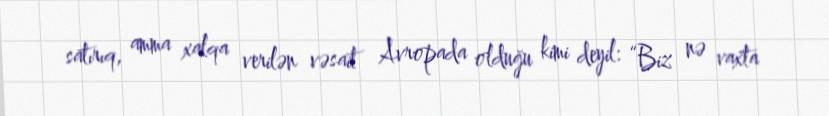
satırıq, amma xalqa verilən vəsait Avropada olduğu kimi deyil: “Biz nə vaxta